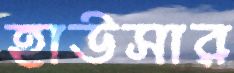
হাউসার